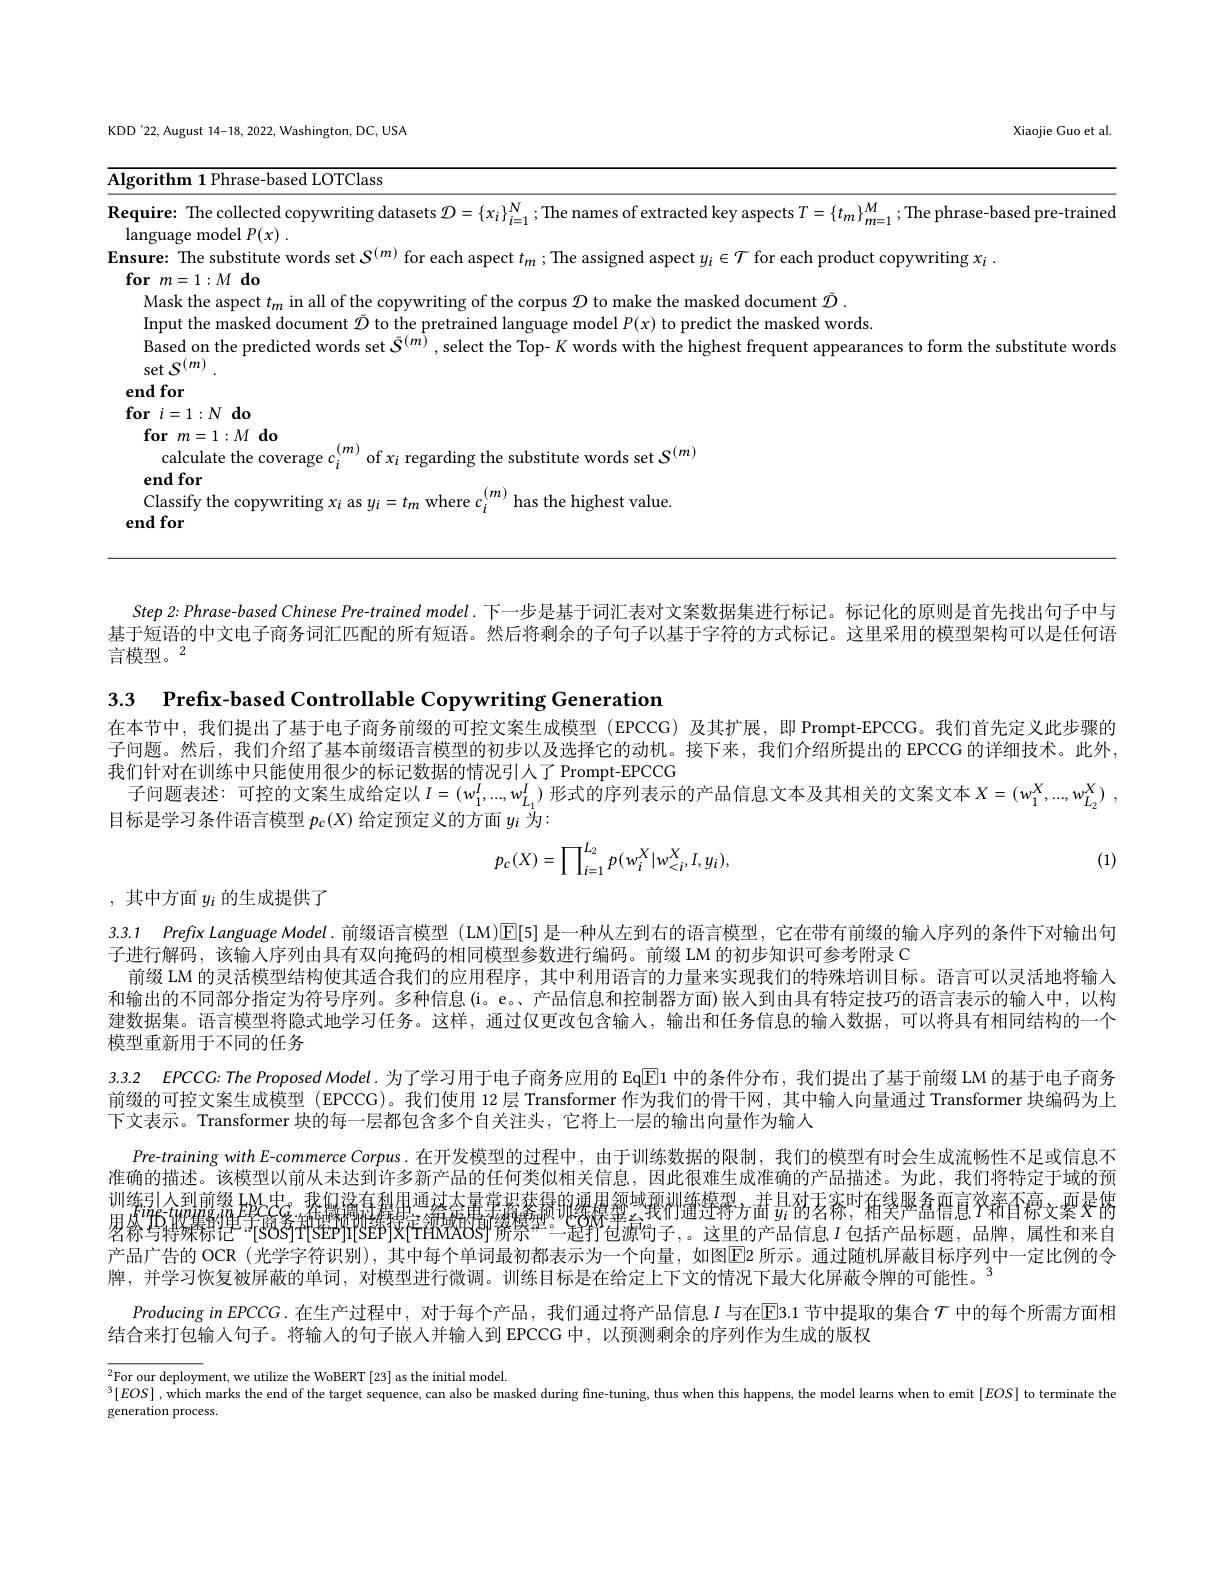
Xiaojie Guo et al

KDD'22, August 14-18, 2022, Washington, DC, USA

Algorithm 1 Phrase-based LOTClass
Require: The collected copywriting datasets $\mathcal{D}=\{x_i\}_{i=1}^N;$ The names of extracted key aspects $T=\{t_m\}_{m=1}^M;$ The phrase-based pre-trained
language model $P( x)$ .
Ensure: The substitute words set $S^{(m)}$ for each aspect $t_m$ ;The assigned aspect $y_i\in\mathcal{T}$ for each product copywriting $x_i.$
$\textbf{for}m= 1: M\textbf{do}$
Mask the aspect $t_m$ in all of the copywriting of the corpus $\mathcal{D}$ to make the masked document $\bar{\mathcal{D}}.$
Input the masked document $\bar{\mathcal{D}}$ to the pretrained language model $P(x)$ to predict the masked words.
$\hat{\text{Based on the predicted words set }S^{(m)}}$,select the Top- $K$ words with the highest frequent appearances to form the substitute words
$\sec {\mathcal{S} }^{( m) }$ .
end for

$\textbf{for}i= 1: N\textbf{do}$

$\textbf{for}m= 1: M\textbf{do}$

calculate the coverage $c_i^{(m)}$ of $x_i$ regarding the substitute words set $S^{(m)}$

end for

Classify the copywriting $x_i$ as $y_i=t_m$ where $c_i^{(m)}$ has the highest value.

end for

Step 2: Phrase-based Chinese Pre-trained model. 下一步是基于词汇表对文案数据集进行标记。标记化的原则是首先找出句子中与基于短语的中文电子商务词汇匹配的所有短语。然后将剩余的子句子以基于字符的方式标记。这里采用的模型架构可以是任何语言模型。2

3.3 Prefix-based Controllable Copywriting Generation
在本节中，我们提出了基于电子商务前缀的可控文案生成模型(EPCCG)及其扩展，即 Prompt-EPCCG。我们首先定义此步骤的子问题。然后，我们介绍了基本前缀语言模型的初步以及选择它的动机。接下来，我们介绍所提出的 EPCCG 的详细技术。此外， 我们针对在训练中只能使用很少的标记数据的情况引人了 Prompt-EPCCG
子问题表述：可控的文案生成给定以$I=(w_1^I,...,w_{L_1}^I)$形式的序列表示的产品信息文本及其相关的文案文本$X= ( w_1^X, . . . , w_{L_2}^X)$ ,
目标是学习条件语言模型$p_c(X)$给定预定义的方面$y_i$为
$$p_{c}(X)=\prod_{i=1}^{L_{2}}p(w_{i}^{X}|w_{<i}^{X},I,y_{i}),$$
(1)

# ,其中方面$y_i$的生成提供了

3.3.1 Prefix Language Model. 前缀语言模型 (LM)$\mathbb{E}[5]$是一种从左到右的语言模型，它在带有前缀的输入序列的条件下对输出句
子进行解码，该输人序列由具有双向掩码的相同模型参数进行编码。前缀 LM 的初步知识可参考附录 C
前缀 LM 的灵活模型结构使其适合我们的应用程序，其中利用语言的力量来实现我们的特殊培训目标。语言可以灵活地将输人和输出的不同部分指定为符号序列。多种信息(i。e。、产品信息和控制器方面)嵌人到由具有特定技巧的语言表示的输人中，以构建数据集。语言模型将隐式地学习任务。这样，通过仅更改包含输人，输出和任务信息的输入数据，可以将具有相同结构的一个模型重新用于不同的任务

3.3.2 EPCCG:The Proposed Model. 为了学习用于电子商务应用的 Eq$\overline{\mathrm{E}}$1 中的条件分布，我们提出了基于前缀 LM 的基于电子商务前缀的可控文案生成模型 (EPCCG)。我们使用 12 层 Transformer 作为我们的骨干网，其中输人向量通过 Transformer 块编码为上下文表示。Transformer 块的每一层都包含多个自关注头，它将上一层的输出向量作为输入
$Pre-trainingwithE$-commerce Corpus.在开发模型的过程中，由于训练数据的限制，我们的模型有时会生成流畅性不足或信息不准确的描述。该模型以前从未达到许多新产品的任何类似相关信息，因此很难生成准确的产品描述。为此，我们将特定于域的预训练引人到前级 HA中。我知消有科用通法会最常救蓬损迎梁暴颦曳亵袝篷楚蒋方苖$\frac{1}{y_i}$菂茗稼，箱奱严盈吾亶衩奢窅亰文稟雯僣星然与维媒的单式的各种特的评得找产领域的导而继续型。一部分有波简子。这里的产品信息 $I$ 句括产品标题。品牌。属性和来自
$\setminus I$
产品广告的 OCR (光学字符识别),其中每个单词最初都表示为一个向量，如图E2 所示。通过随机屏蔽目标序列中一定比例的令
牌，并学习恢复被屏蔽的单词，对模型进行微调。训练目标是在给定上下文的情况下最大化屏蔽令牌的可能性。”
$ProducinginEPCCG.$在生产过程中，对于每个产品，我们通过将产品信息$I$ 与在$\overline{\mathrm{E}}$3.1 节中提取的集合 $\mathcal{T}$ 中的每个所需方面相
结合来打包输人句子。将输人的句子嵌入并输入到 EPCCG 中，以预测剩余的序列作为生成的版权

$^3[EOS]$ , which marks the end of the target sequence, can also be masked during fine-tuning, thus when this happens, the model learns when to emit $[EOS]$ to terminate the
generation process